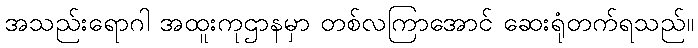
အသည်းရောဂါ အထူးကုဌာနမှာ တစ်လကြာအောင် ဆေးရုံတက်ရသည်။